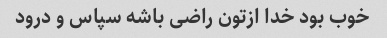
خوب بود خدا ازتون راضی باشه سپاس و درود